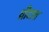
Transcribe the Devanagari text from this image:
ध्रीदात्त